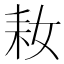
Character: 𱻲